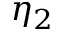
\eta _ { 2 }